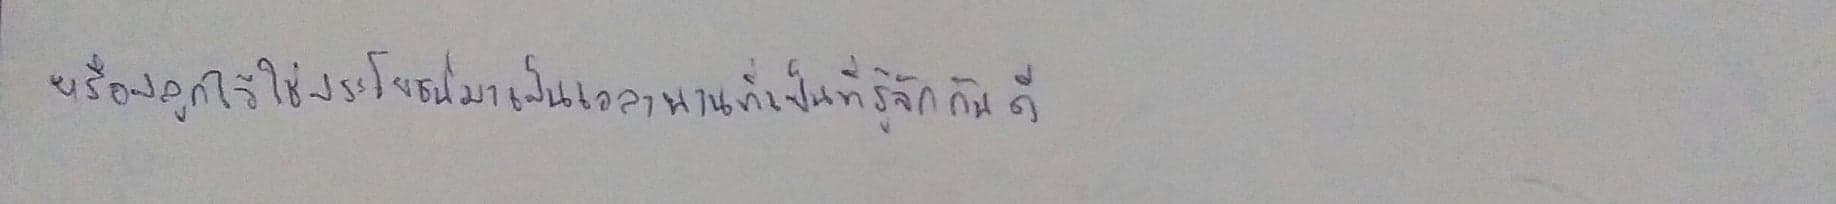
หรือปลูกไว้ใช้ประโยชน์มาเป็นเวลานานที่เป็นที่รู้จักกันดี